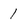
Character: I